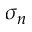
\sigma _ { n }